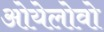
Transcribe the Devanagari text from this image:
ओयेलोवो